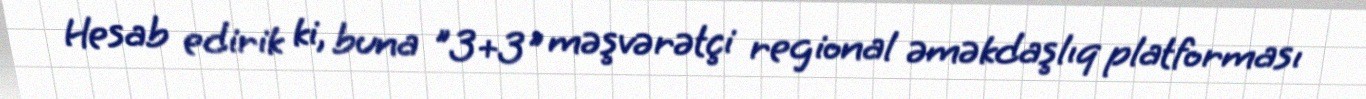
Hesab edirik ki, buna "3+3" məşvərətçi regional əməkdaşlıq platforması